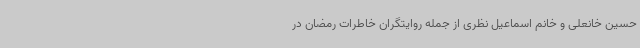
حسین خانعلی و خانم اسماعیل نظری از جمله روایتگران خاطرات رمضان در